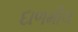
દાળમીલ